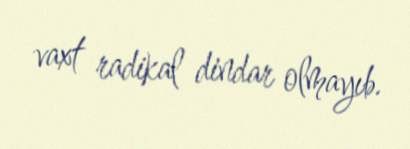
vaxt radikal dindar olmayıb.